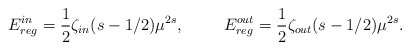
\begin{align*}E_{reg}^{in}=\frac{1}{2}\zeta_{in}(s-1/2)\mu^{2s},\hspace{1cm}E_{reg}^{out}=\frac{1}{2}\zeta_{out}(s-1/2)\mu^{2s}.\end{align*}